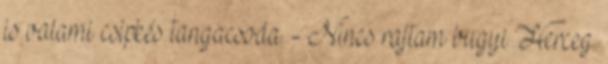
is valami csipkés tangacsoda. - Nincs rajtam bugyi Herceg.